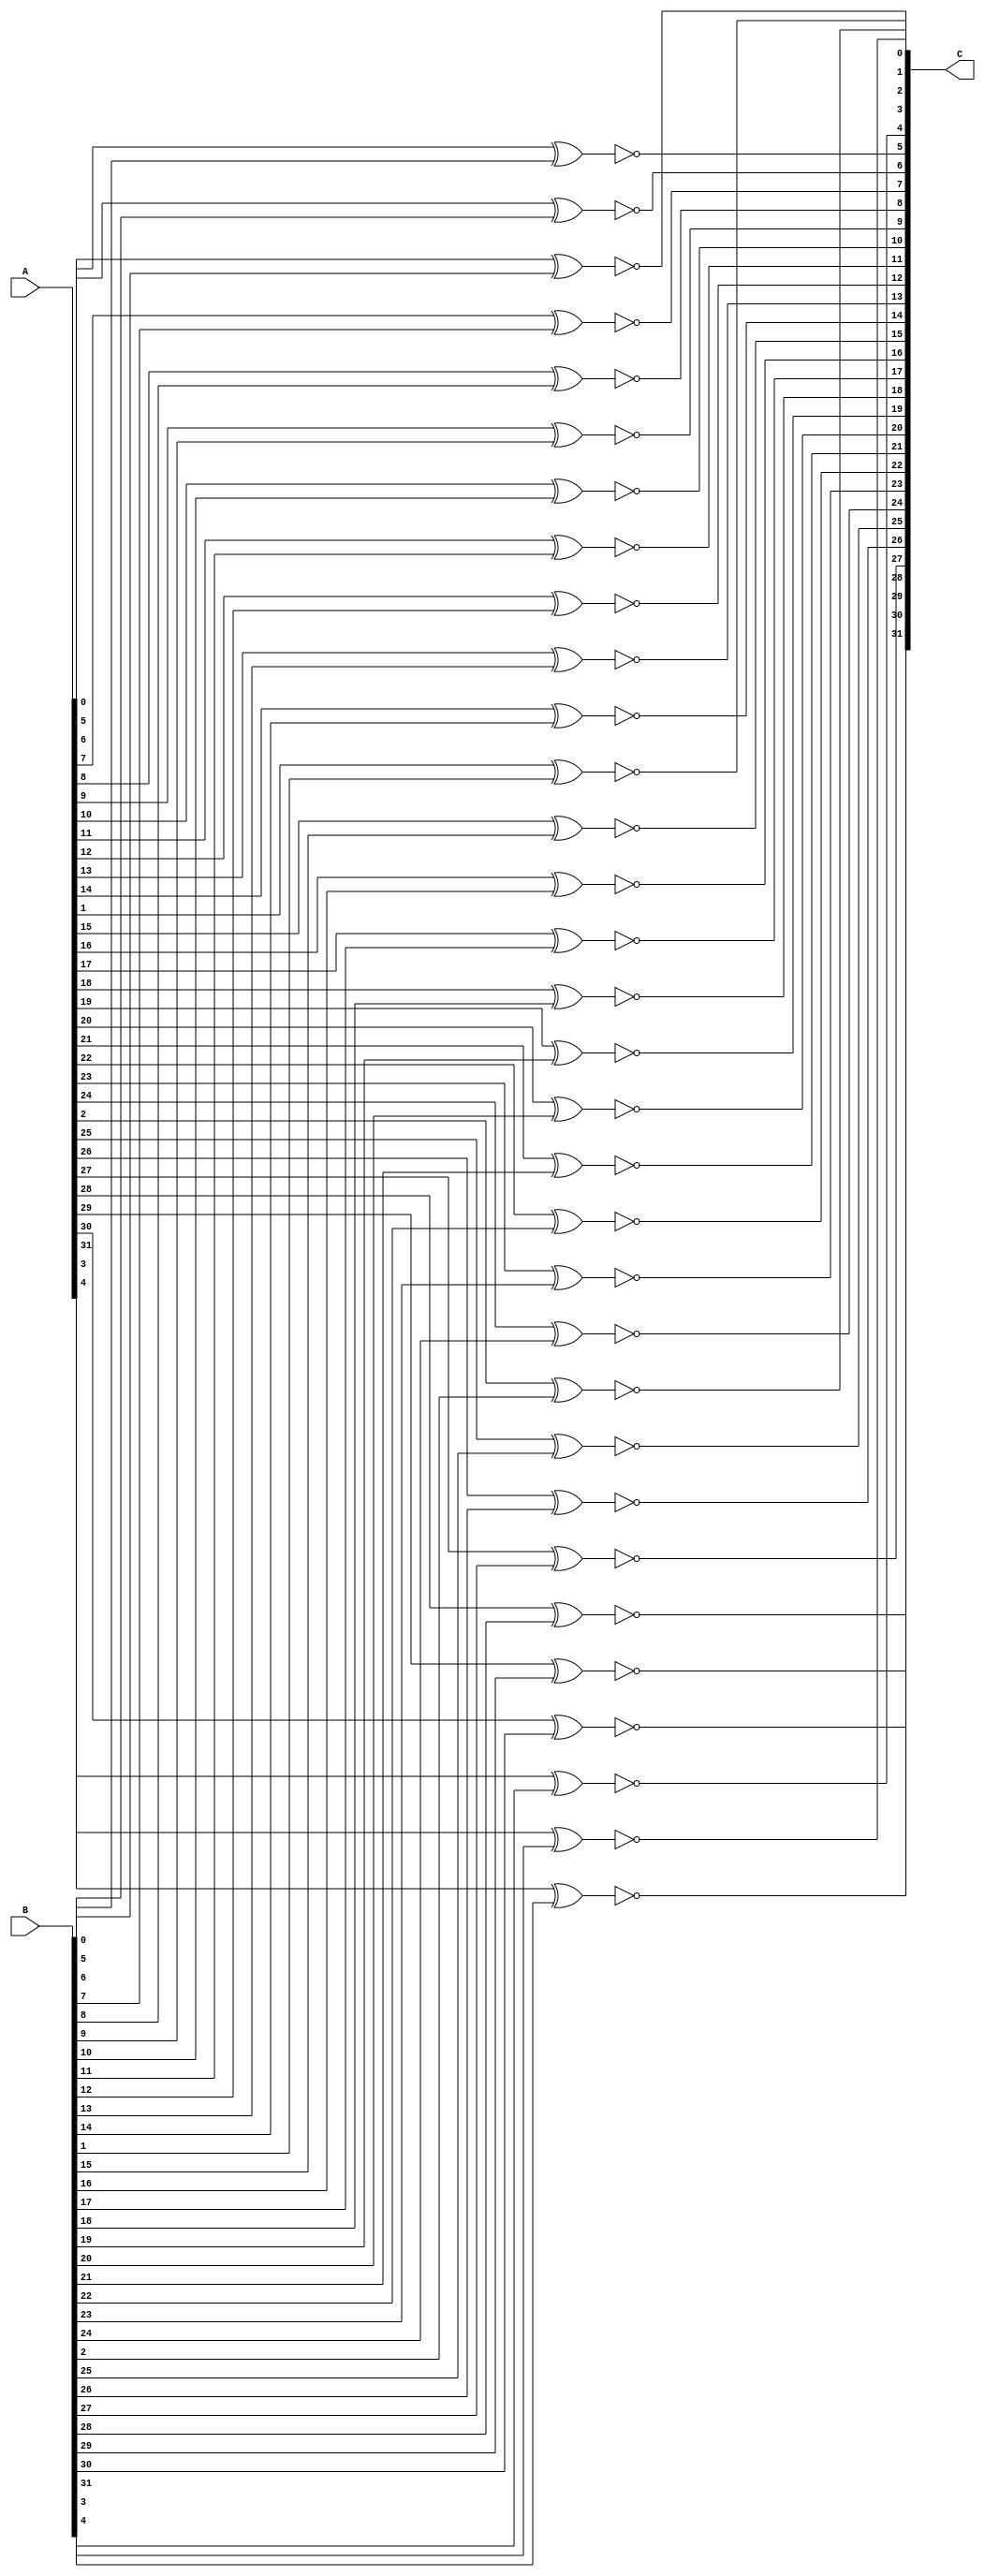
module xnor32(C,A,B);
input [31:0] A,B;
output [31:0] C;


	genvar i;
	
	generate 
	for (i=0;i<32;i=i+1) begin: generate_compare
	xnor xnor1(C[i],A[i],B[i]);
	end
	endgenerate


endmodule